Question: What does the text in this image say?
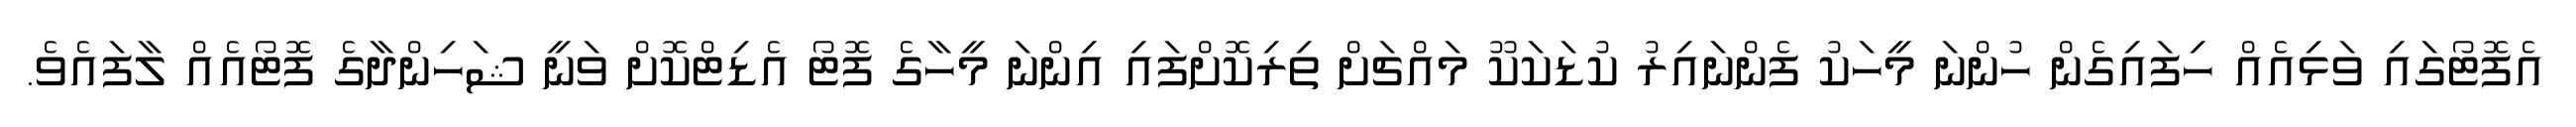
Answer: އެފޮޓޯގައި ވަޅިއެއް ހިފައިގެން ހުންނަ މީހަކު ފެންނައިރު ކުޑަކަކޫ މައްޗަށް ތިރިކޮށްފައި އިންނަ މީހާގެ ފޮޓޯ އެޑިޓްކޮށް ވަނީ ޝަހިންދާގެ ފޮޓޯއެއް ލާފައެވެ.